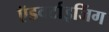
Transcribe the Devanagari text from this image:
ऍडवर्टाइजिंग